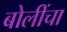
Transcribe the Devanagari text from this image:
बोलींचा